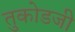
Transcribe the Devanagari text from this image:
तुकोडजी